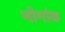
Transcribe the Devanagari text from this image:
भोगांक